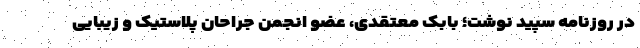
در روزنامه سپید نوشت؛ بابک معتقدی، عضو انجمن جراحان پلاستیک و زیبایی